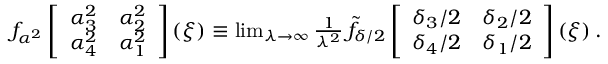
\begin{array} { r } { f _ { \alpha ^ { 2 } } \left[ \begin{array} { l l } { \alpha _ { 3 } ^ { 2 } } & { \alpha _ { 2 } ^ { 2 } } \\ { \alpha _ { 4 } ^ { 2 } } & { \alpha _ { 1 } ^ { 2 } } \end{array} \right] ( \xi ) \equiv \operatorname* { l i m } _ { \lambda \to \infty } { \frac { 1 } { \lambda ^ { 2 } } } \, \widetilde { f } _ { \delta / 2 } \left[ \begin{array} { l l } { \delta _ { 3 } / 2 } & { \delta _ { 2 } / 2 } \\ { \delta _ { 4 } / 2 } & { \delta _ { 1 } / 2 } \end{array} \right] ( \xi ) \, . } \end{array}